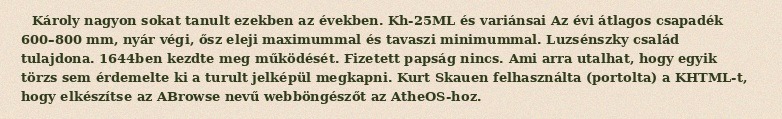
Károly nagyon sokat tanult ezekben az években. Kh-25ML és variánsai Az évi átlagos csapadék 600–800 mm, nyár végi, ősz eleji maximummal és tavaszi minimummal. Luzsénszky család tulajdona. 1644ben kezdte meg működését. Fizetett papság nincs. Ami arra utalhat, hogy egyik törzs sem érdemelte ki a turult jelképül megkapni. Kurt Skauen felhasználta (portolta) a KHTML-t, hogy elkészítse az ABrowse nevű webböngészőt az AtheOS-hoz.